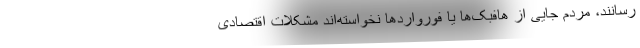
رسانند، مردم جایی از هافبک‌ها یا فورواردها نخواسته‌اند مشکلات اقتصادی